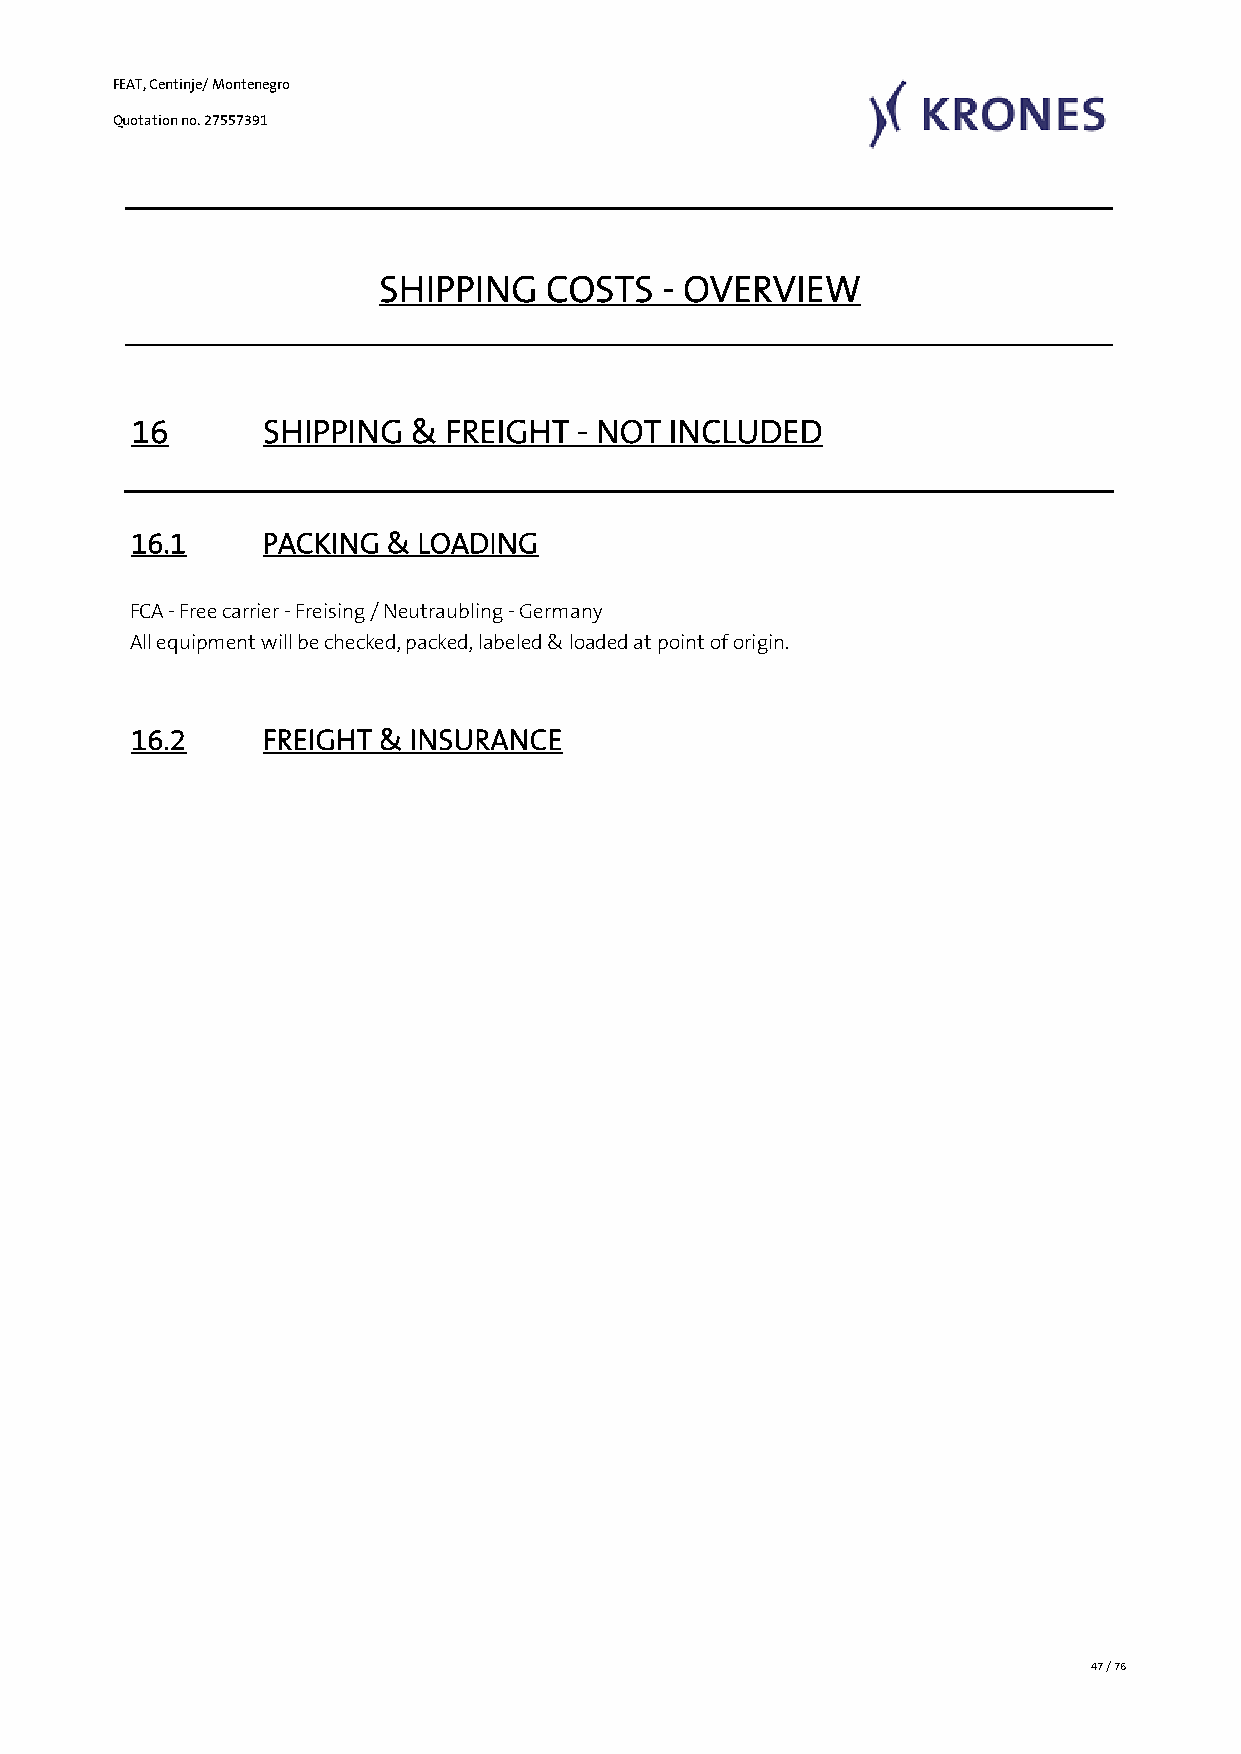
FEAT, Centinje/ Montenegro
 Quotation no. 27557391
 SHIPPING   COSTS  - OVERVIEW
 16       SHIPPING  & FREIGHT  - NOT INCLUDED
 16.1     PACKING & LOADING
 FCA - Free carrier - Freising / Neutraubling - Germany       1
 All equipment will be checked, packed, labeled & loaded at point of origin.
 16.2     FREIGHT & INSURANCE
 1
 47 / 76